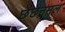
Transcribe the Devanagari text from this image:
छेछनमल